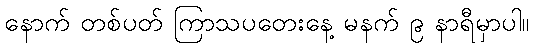
နောက် တစ်ပတ် ကြာသပတေးနေ့ မနက် ၉ နာရီမှာပါ။